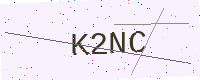
Text: K2NC